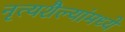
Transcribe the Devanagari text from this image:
नृत्यशैल्यांमध्ये